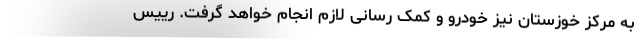
به مرکز خوزستان نیز خودرو و کمک رسانی لازم انجام خواهد گرفت. رییس